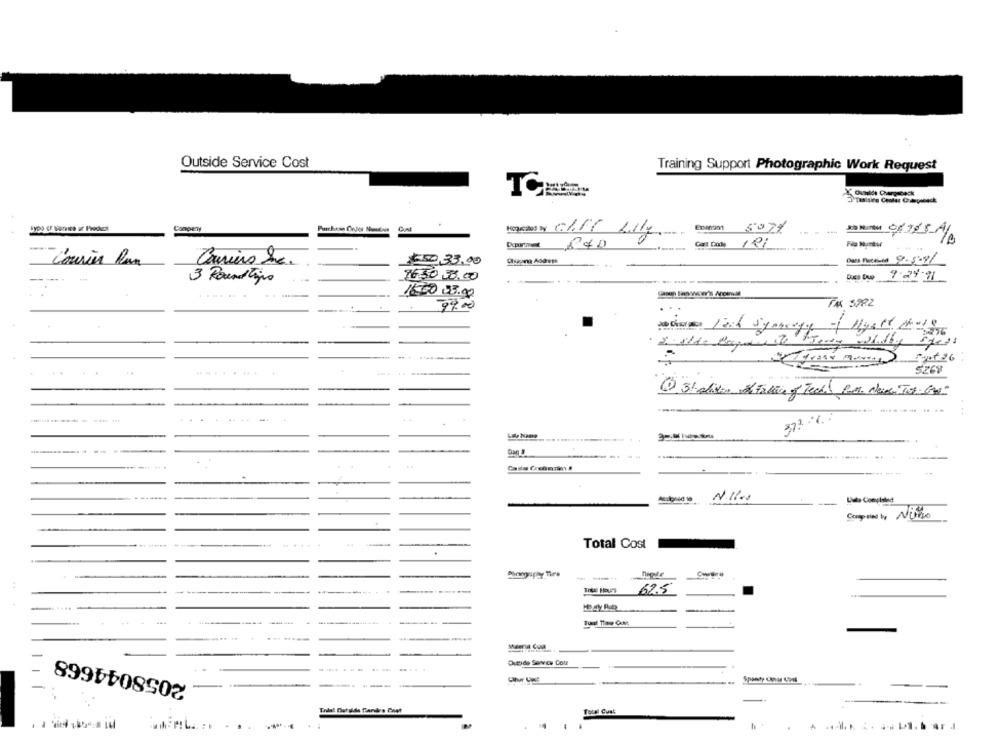
Outside Service Cost
Training Support Photographic Work Request
Campery
Pinchess Color Nandos
Gal
Engram 5071
Je Mentet 0x705 /
Cart Dode 191
Fip Mutlu
Oliepra Address
Courier Ran
€50,33,00
3 Roundsins
-
96.50 08.00
Dass Du 9.29.91
1600 23.00
FAX 5722
99.00
.
- --
372 06.
--
Compiled by Nuno
44
Total Cost
----
62.5
2058044668
.